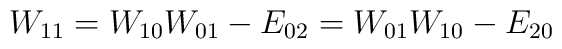
W_{11}=W_{10}W_{01}-E_{02}=W_{01}W_{10}-E_{20}